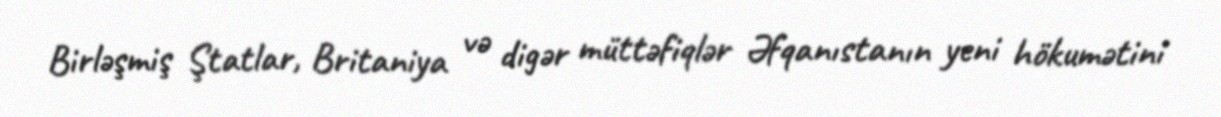
Birləşmiş Ştatlar, Britaniya və digər müttəfiqlər Əfqanıstanın yeni hökumətini